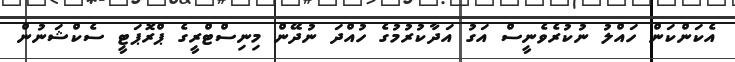
އެކަންކަން ހައްލު ނުކުރެވެނީސް އަގު އަދާކުރުމުގެ ހުއްދަ ނުދޭން މިނިސްޓްރީގެ ޕްރޮޕަޓީ ސެކްޝަނުން